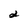
Character: 2